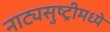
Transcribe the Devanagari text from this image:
नाट्यसुष्ट्रीमध्ये